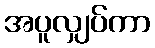
အပူလျှပ်ကာ